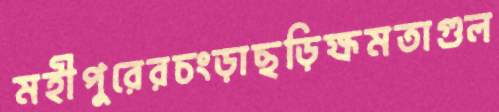
মহীপুরেরচংড়াছড়িক্ষমতাগুল